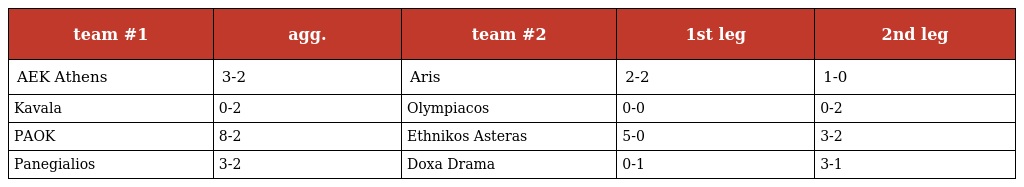
| team #1 | agg. | team #2 | 1st leg | 2nd leg |
 | --- | --- | --- | --- | --- |
 | AEK Athens | 3-2 | Aris | 2-2 | 1-0 |
 | Kavala | 0-2 | Olympiacos | 0-0 | 0-2 |
 | PAOK | 8-2 | Ethnikos Asteras | 5-0 | 3-2 |
 | Panegialios | 3-2 | Doxa Drama | 0-1 | 3-1 |